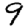
Digit: 9